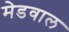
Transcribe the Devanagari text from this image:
मेडवाल